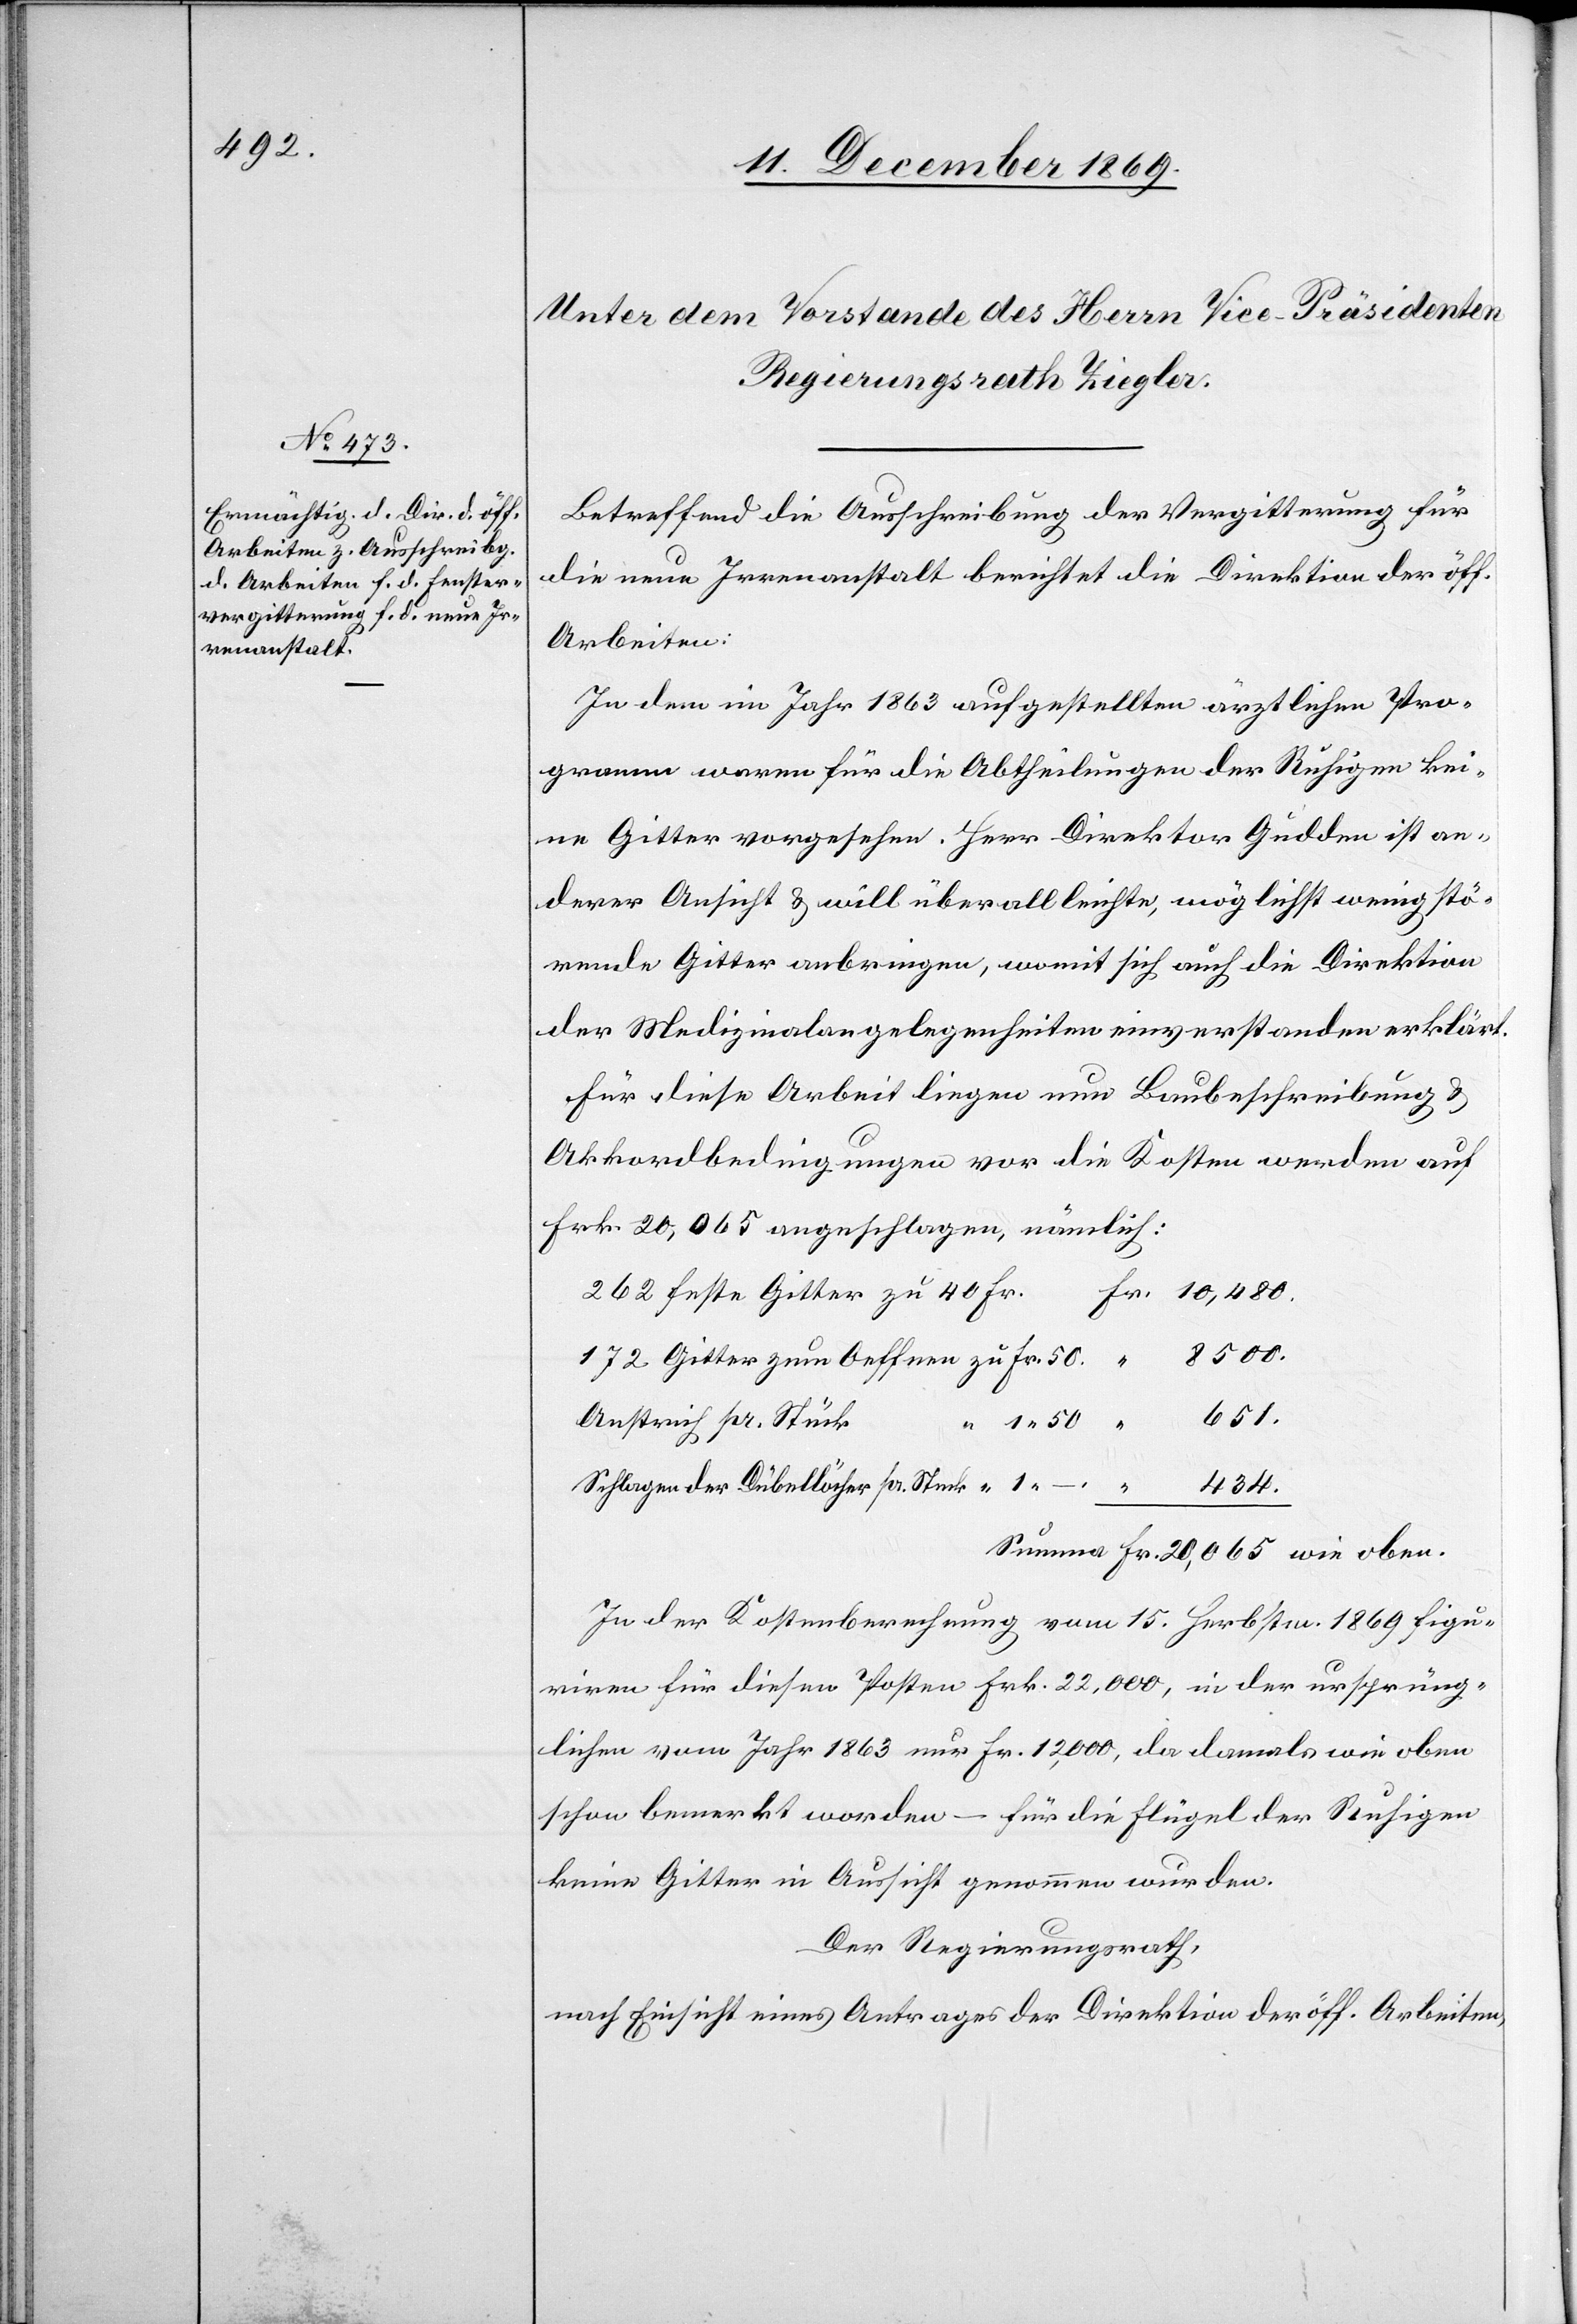
Betreffend die Ausschreibung der Vergitterung für
die neue Irrenanstalt berichtet die Direktion der öff.
Arbeiten:
In dem im Jahr 1863 aufgestellten ärztlichen Pro¬
gramm waren für die Abtheilungen der Ruhigen kei¬
ne Gitter vorgesehen. Herr Direktor Gudden ist an¬
derer Ansicht & will überall leichte, möglichst wenig stö¬
rende Gitter anbringen, womit sich auch die Direktion
der Medizinalangelegenheiten einverstanden erklärt.
Für diese Arbeit liegen nun Baubeschreibung &
Akkordbedingungen vor die Kosten werden auf
Frk. 20,065 angeschlagen, nämlich:
wie
Fr. 20,065.
262 feste Gitter zu 40 Fr.
8500.
172 Gitter zum Oeffnen zu Fr. 50.
651.
Anstrich pr. Stück
Schlagen der Dübellöcher pr. Stück [zu
434.
Summa
In der Kostenberechnung vom 15. Herbstm. 1869 figu¬
riren für diesen Posten Frk. 22,000, in der ursprüng¬
lichen vom Jahr 1863 nur Fr. 12,000, da damals wie oben
schon bemerkt worden – für die Flügel der Ruhigen
keine Gitter in Aussicht genommen wurden.
Der Regierungsrath,
nach Einsicht eines Antrages der Direktion der öff. Arbeiten,